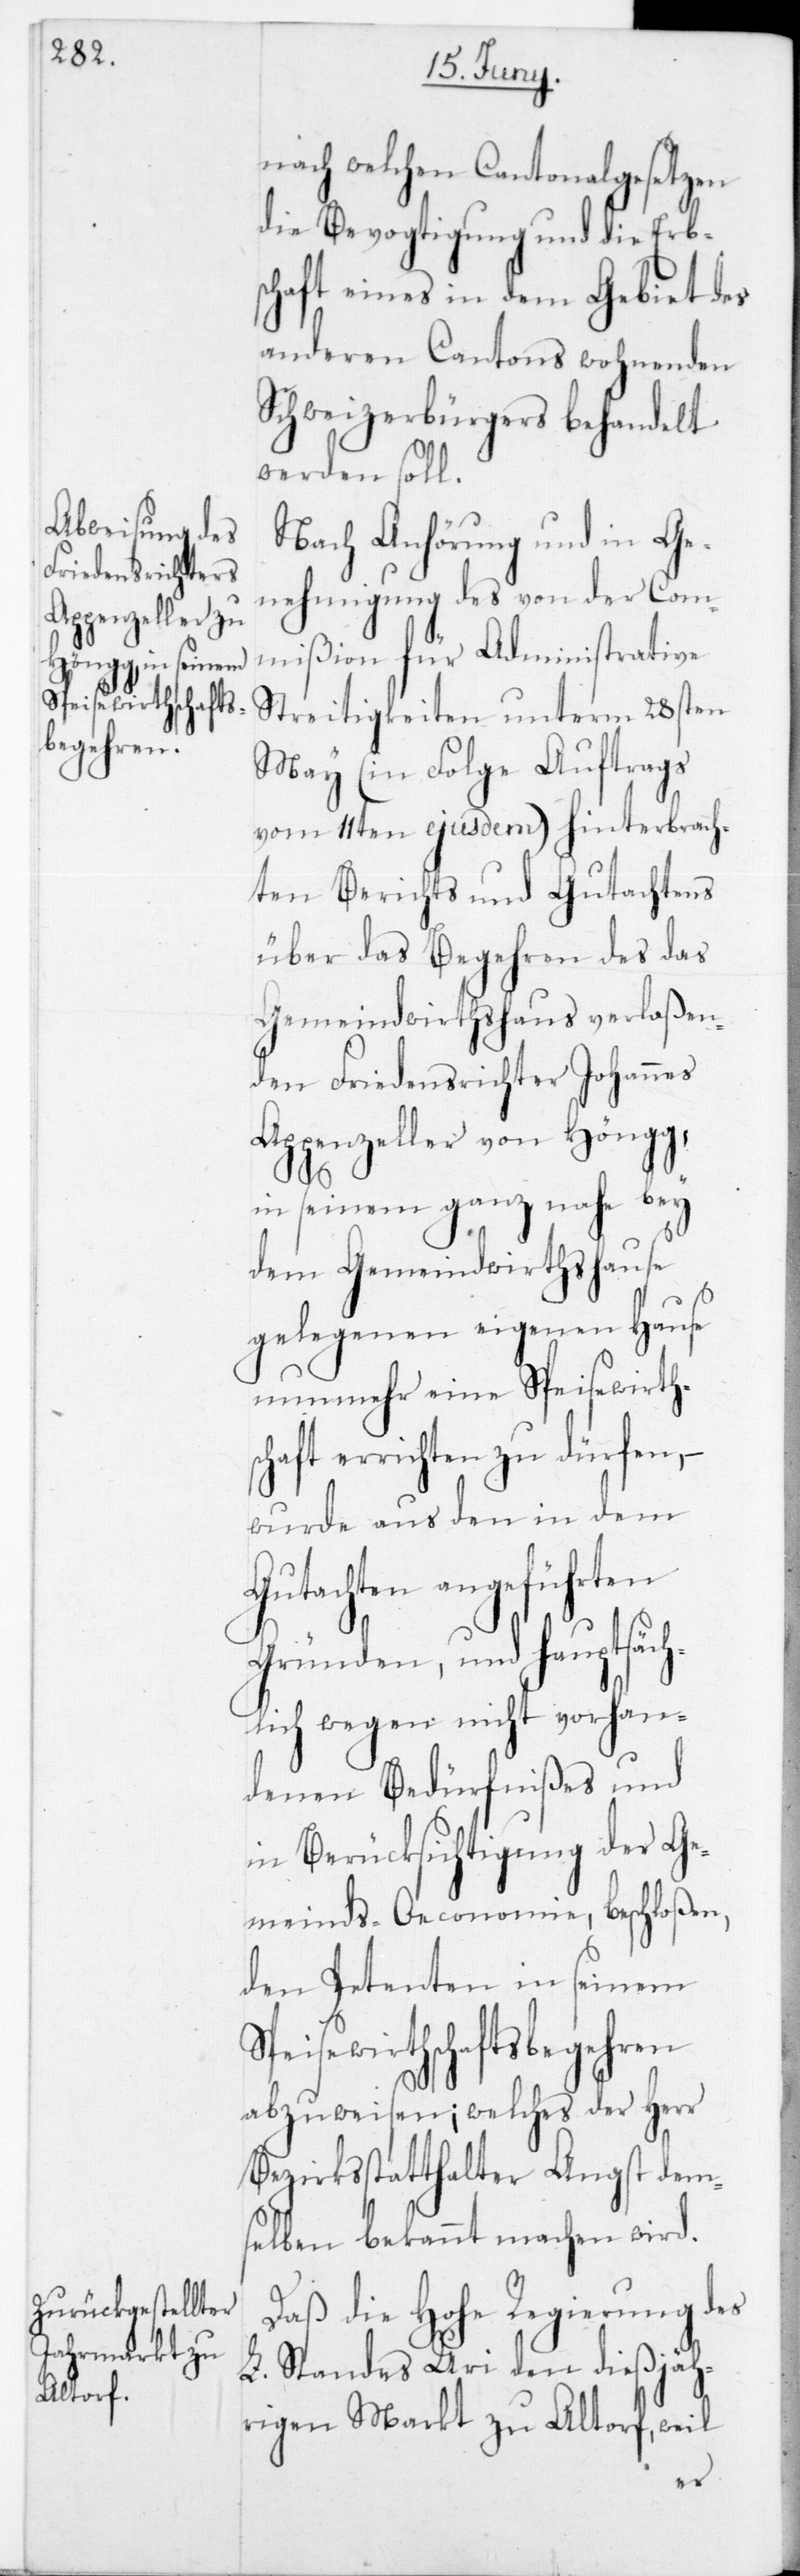
Speisewirthschafts¬
begehren

nach welchen Cantonalgesetzen
die Bevogtigung und die Erb¬
schaft eines in dem Gebiet des
anderen Cantons wohnenden
Schweizerbürgers behandelt
werden soll.
Nach Anhörung und in Ge¬
nehmigung des von der Com¬
mißion für Administrative
Streitigkeiten unterm 28sten
May (in Folge Auftrags
vom 11ten ejusdem) hinterbrach¬
ten Berichts und Gutachtens
über das Begehren des das
Gemeindswirthshaus verlaßen¬
den Friedensrichter Johannes
Appenzeller von Höngg,
c¬
in seinem ganz nahe bey
dem Gemeindwirthshause
gelegenen eigenen Hause
nunmehr eine Speisewirths¬
haft errichten zu dürfen, –
wurde aus den in dem
Gutachten angeführten
Gründen, und hauptsäch¬
lich wegen nicht vorhan¬
denen Bedürfnißes und
in Berücksichtigung der Ge¬
meinds-Oeconomie, beschloßen,
den Petenten in seinem
abzuweisen; welches der Herr
Bezirksstatthalter Angst dem¬
selben bekannt machen wird.
Daß die Hohe Regierung des
L. Standes Uri den dießjäh¬
rigen Markt zu Altdorf, weil